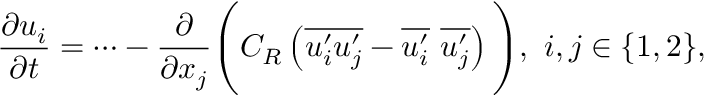
\frac { \partial u _ { i } } { \partial t } = \cdots - \frac { \partial } { \partial x _ { j } } \Bigg ( C _ { R } \left( \overline { { u _ { i } ^ { \prime } u _ { j } ^ { \prime } } } - \overline { { u _ { i } ^ { \prime } } } ~ \overline { { u _ { j } ^ { \prime } } } \right) \Bigg ) , ~ i , j \in \{ 1 , 2 \} ,